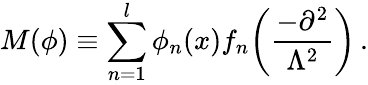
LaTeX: M(\phi)\equiv\sum_{n=1}^{l}\phi_{n}(x)f_{n}\biggl(\frac{-\partial^{2}}{\Lambda^{2}}\biggr)\, .